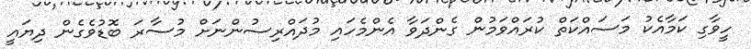
ހީވާގި ކަމާއެކު މަސައްކަތް ކުރައްވަމުން ގެންދަވާ އެންމެހައި މުދައްރިސުންނަށް މުސާރަ ބޮޑުވެގެން ދިޔައީ